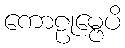
ကောဠုမ္ဗေပိ